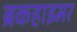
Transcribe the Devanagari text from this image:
ब्रकहाइमर